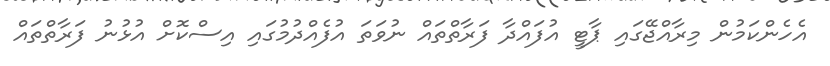
އެހެންކަމުން މިރާއްޖޭގައި ޕާޓީ އުފައްދާ ފަރާތްތައް ނުވަތަ އުފެއްދުމުގައި އިސްކޮށް އުޅުނު ފަރާތްތައް